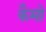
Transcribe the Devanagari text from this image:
कैमो